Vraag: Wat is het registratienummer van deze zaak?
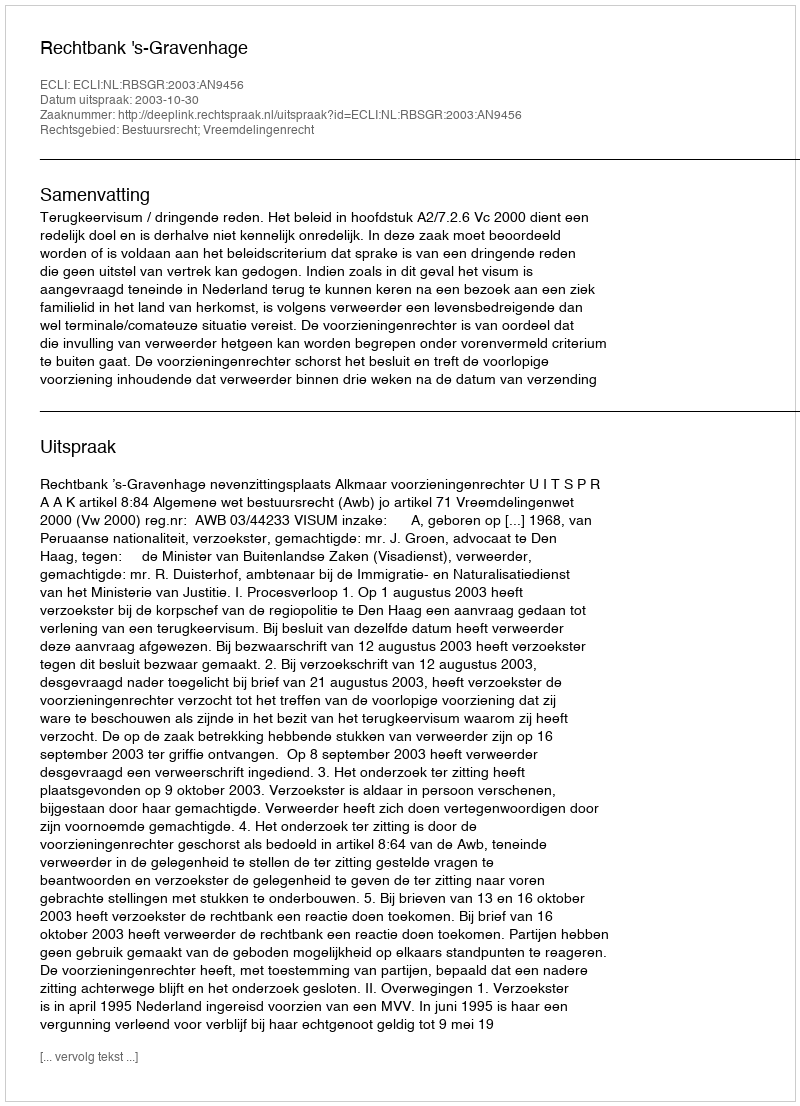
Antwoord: http://deeplink.rechtspraak.nl/uitspraak?id=ECLI:NL:RBSGR:2003:AN9456